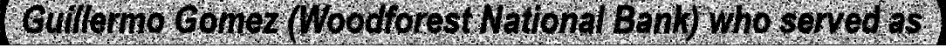
Guillermo Gomez (Woodforest National Bank) who served as